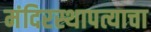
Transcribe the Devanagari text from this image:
मंदिरस्थापत्याचा